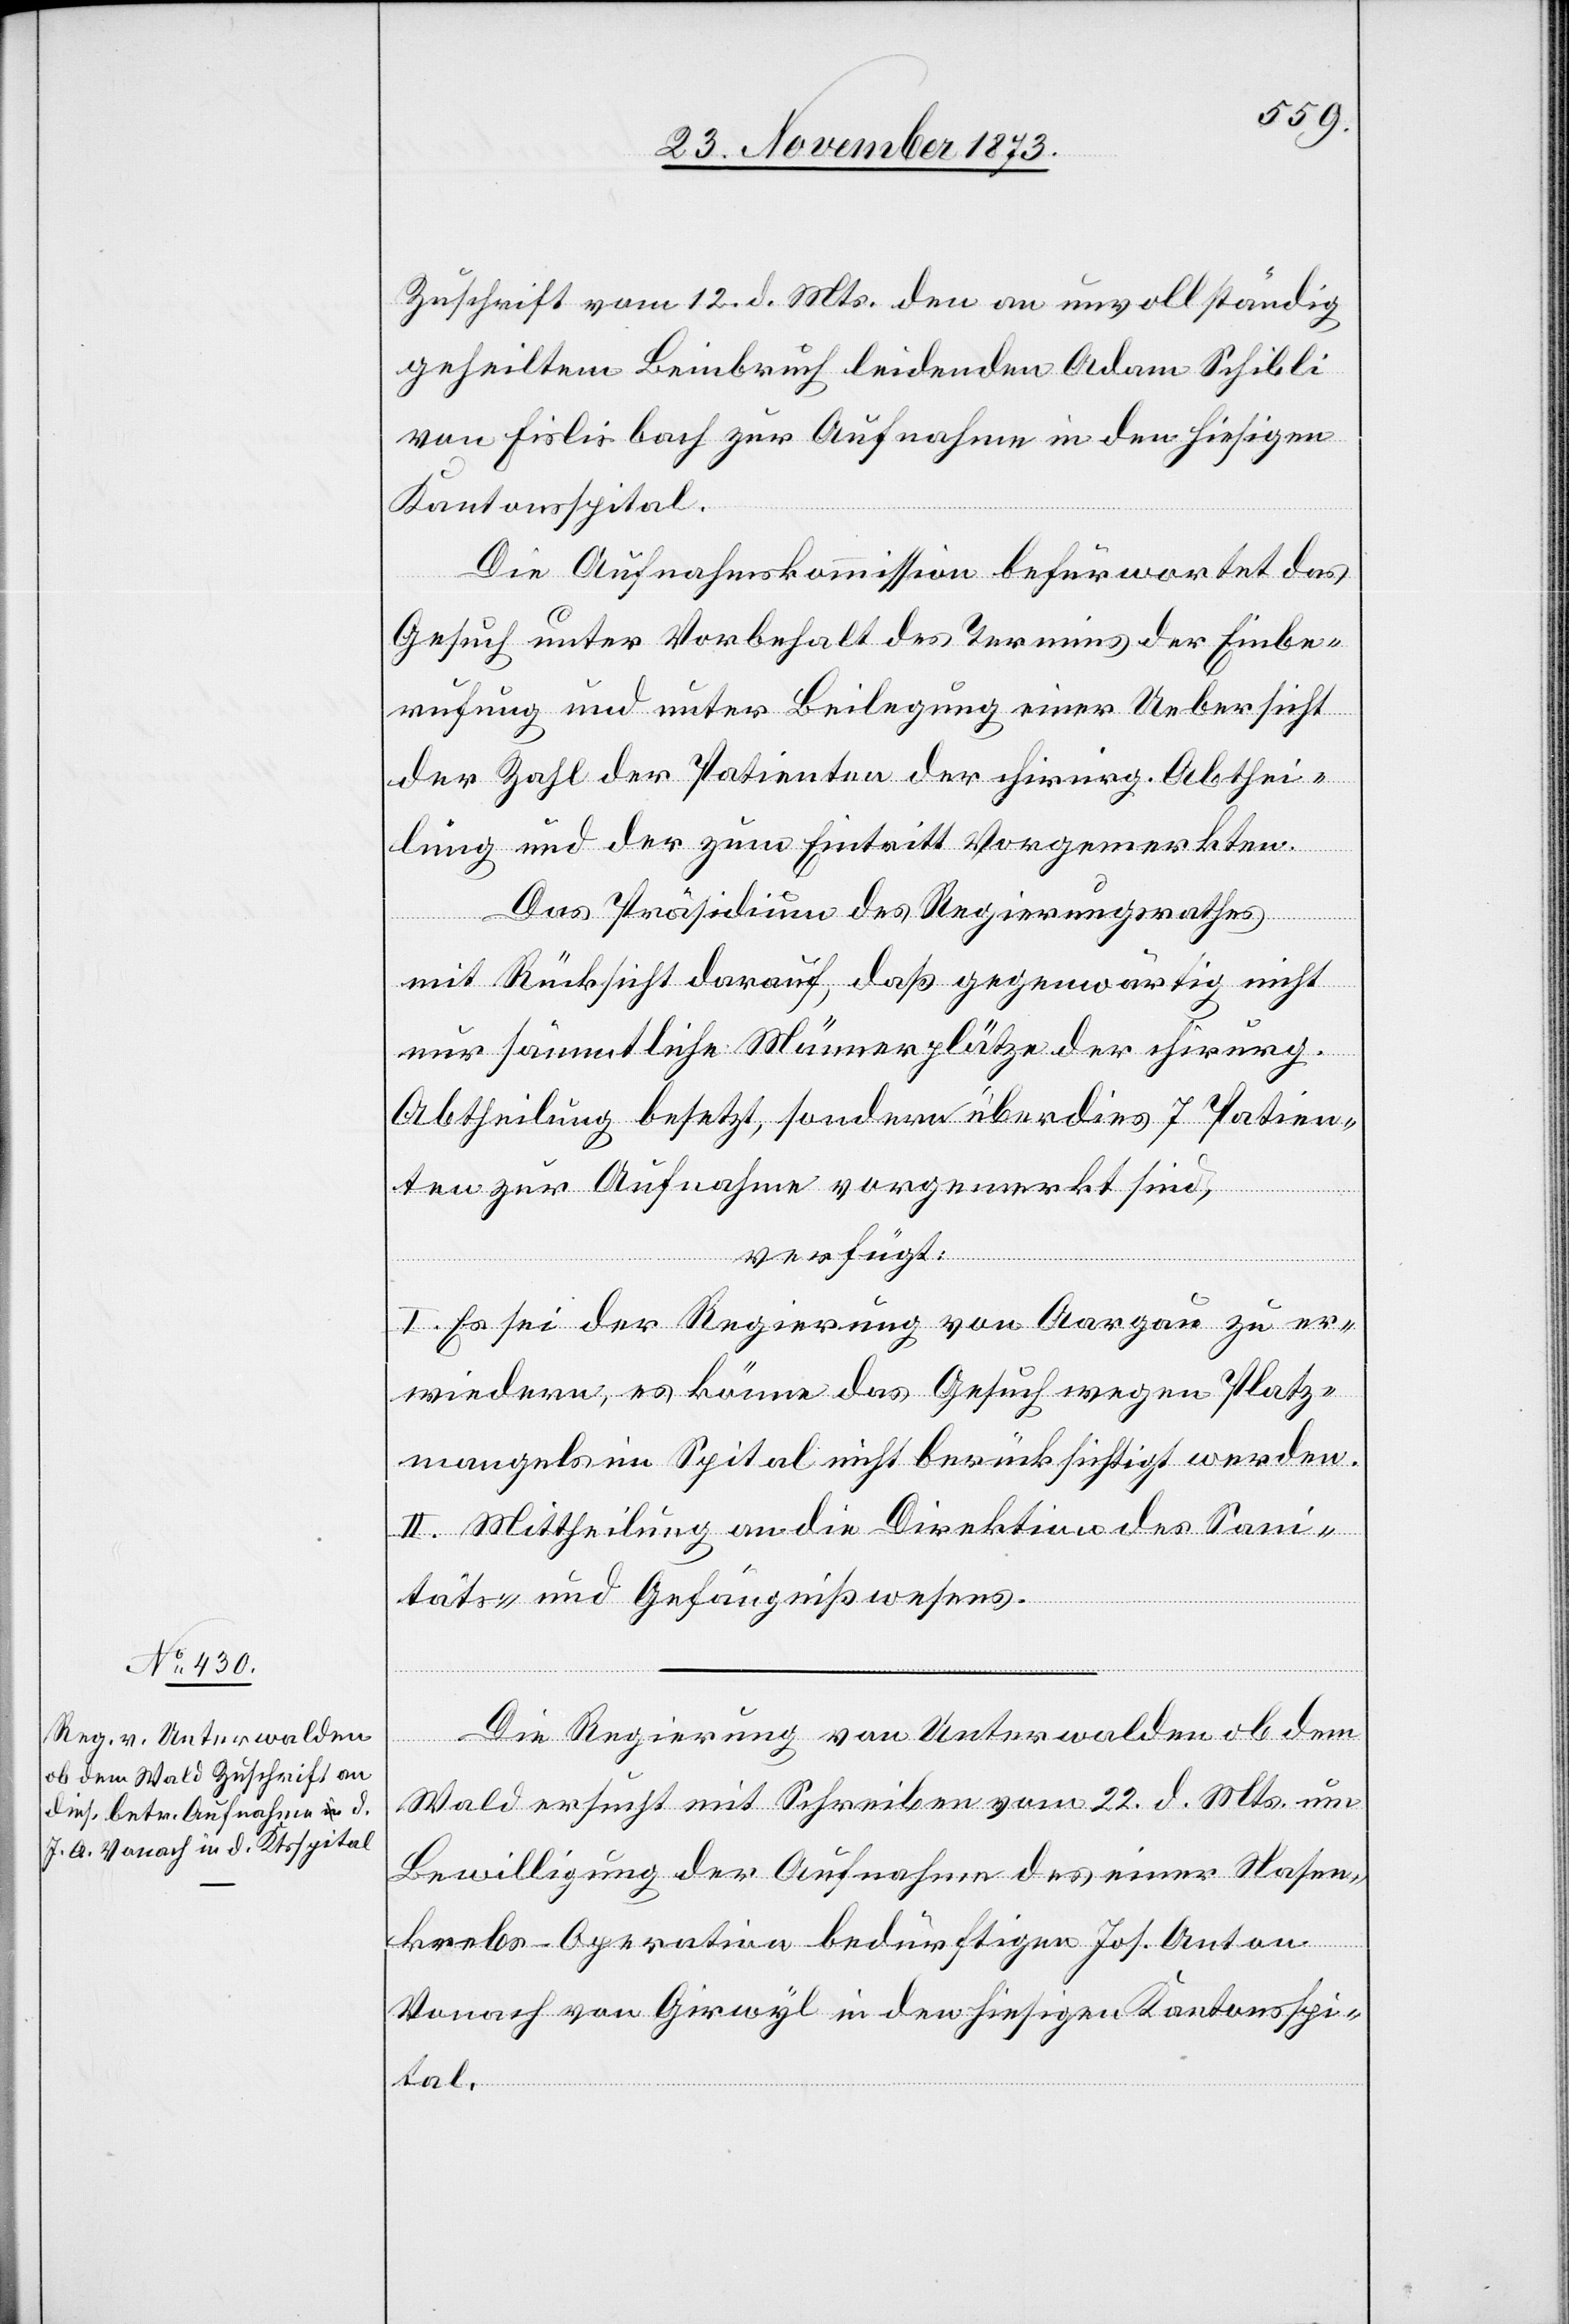
26. November 1873.]
Zuschrift vom 12. d. Mts. den an unvollständig
geheiltem Beinbruch leidenden Adam Schibli
von Fislisbach zur Aufnahme in den hiesigen
Kantonsspital.
Die Aufnahmskommission befürwortet das
Gesuch unter Vorbehalt des Termins der Einbe¬
rufung und unter Beilegung einer Uebersicht
der Zahl der Patienten der chirurg. Abthei¬
lung und der zum Eintritt Vorgemerkten.
Das Präsidium des Regierungsrathes
mit Rücksicht darauf, daß gegenwärtig nicht
nur sämmtliche Männerplätze der chirurg.
Abtheilung besetzt, sondern überdies 7 Patien¬
ten zur Aufnahme vorgemerkt sind,
verfügt:
I. Es sei der Regierung von Aargau zu er¬
wiedern, es könne das Gesuch wegen Platz¬
mangels im Spital nicht berücksichtigt werden.
II. Mittheilung an die Direktion des Sani¬
täts- und Gefängnißwesens.
Die Regierung von Unterwalden ob dem
Wald ersucht mit Schreiben vom 22. d. Mts. um
Bewilligung der Aufnahme des einer Nasen¬
krebs-Operation bedürftigen Jos. Anton
Vonach von Girwyl in den hiesigen Kantonsspi¬
tal.